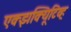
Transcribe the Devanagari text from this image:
एक्झक्यिूटिव्ह